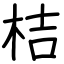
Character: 桔